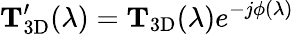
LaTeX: \mathbf{T}_{\mathrm{3D}}^{\prime}(\lambda)=\mathbf{T}_{\mathrm{3D}}(\lambda)e^{-j\phi(\lambda)}